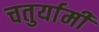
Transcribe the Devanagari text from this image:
चतुर्यामी